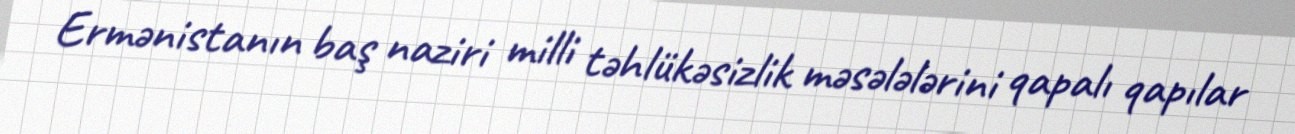
Ermənistanın baş naziri milli təhlükəsizlik məsələlərini qapalı qapılar